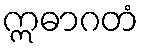
ဣဓာဂတံ